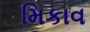
મિકાવ